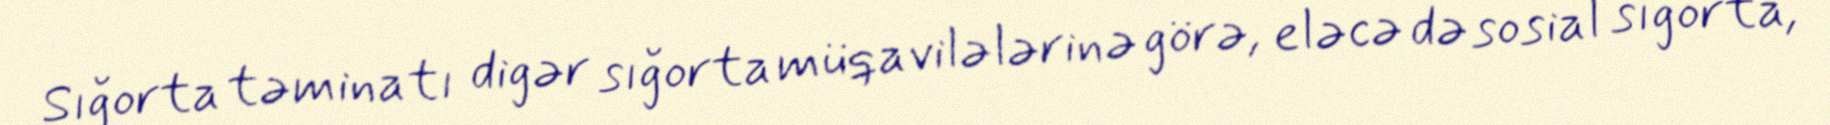
Sığorta təminatı digər sığorta müqavilələrinə görə, eləcə də sosial sığorta,